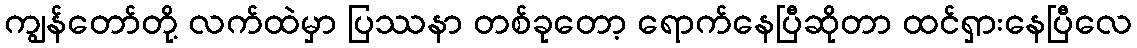
ကျွန်တော်တို့ လက်ထဲမှာ ပြဿနာ တစ်ခုတော့ ရောက်နေပြီဆိုတာ ထင်ရှားနေပြီလေ